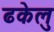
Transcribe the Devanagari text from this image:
ढकेलु